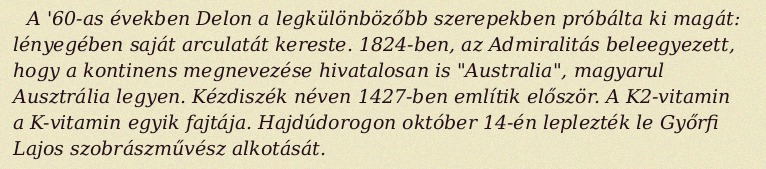
A '60-as években Delon a legkülönbözőbb szerepekben próbálta ki magát: lényegében saját arculatát kereste. 1824-ben, az Admiralitás beleegyezett, hogy a kontinens megnevezése hivatalosan is "Australia", magyarul Ausztrália legyen. Kézdiszék néven 1427-ben említik először. A K2-vitamin a K-vitamin egyik fajtája. Hajdúdorogon október 14-én leplezték le Győrfi Lajos szobrászművész alkotását.